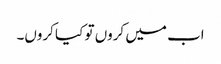
اب میں کروں تو کیا کروں۔